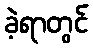
ခဲ့ရာတွင်